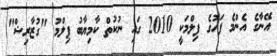
އޭނާގެ އެންމެ ފަހުގެ ފިލްމަކީ 2010 ގައި ނުކުތް ކާމިޔާބު ފިލްމު "ގުޒާރިޝް"